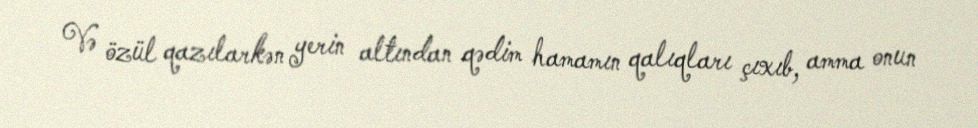
Və özül qazılarkən yerin altından qədim hamamın qalıqları çıxıb, amma onun